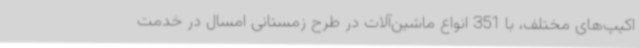
اکیپ‌های مختلف، با 351 انواع ماشین‌آلات در طرح زمستانی امسال در خدمت